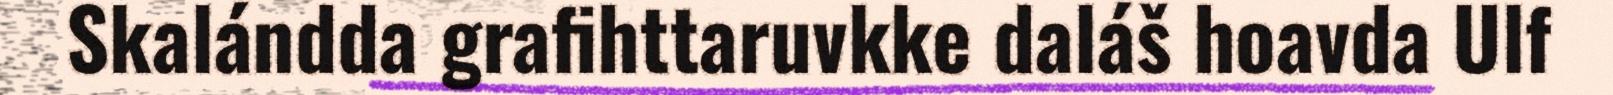
Skalándda grafihttaruvkke daláš hoavda Ulf